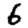
Digit: 6